Petrogradi_Kontroll-Opteerimise_Komisjon, lk 55
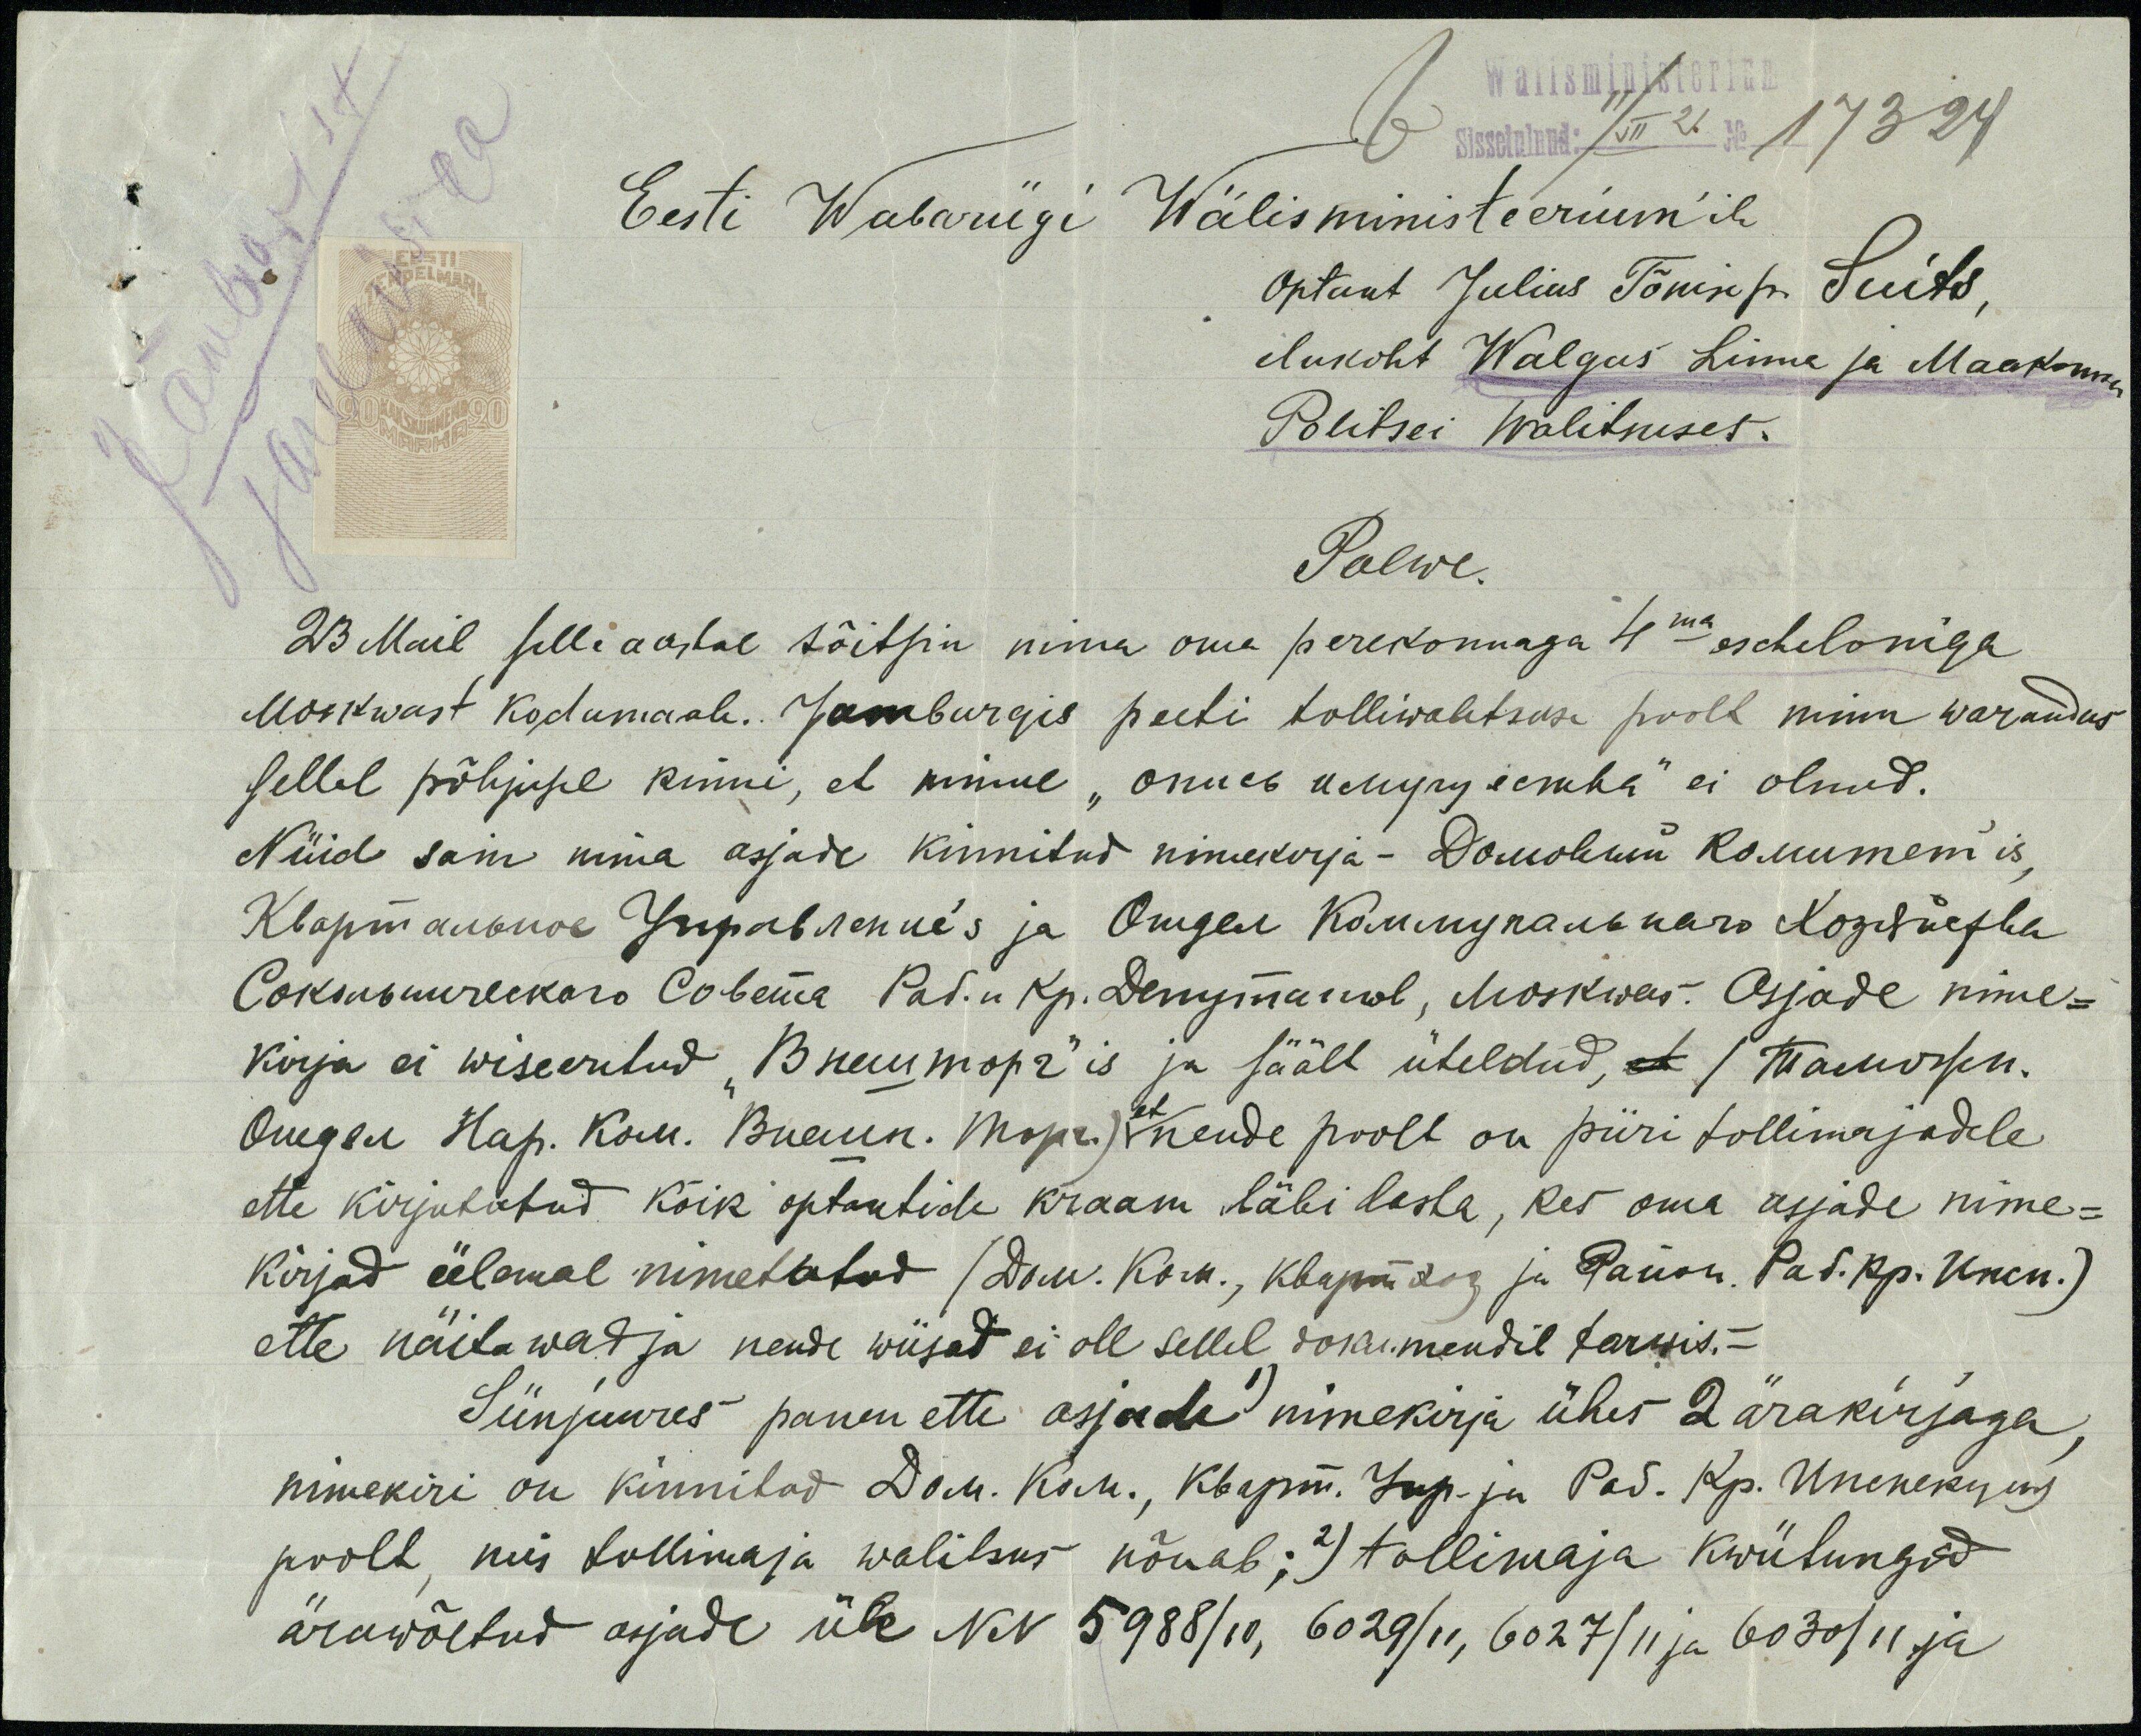
Wälisministerium
b Sissetulnud: 11/VII 21 No 17324
Jamburist
järelküsida
Eesti Wabariigi Wälisministeerium'ile
Optant Julius Tõnise p. Suits,
elukoht Walgas Linna ja Maakonna
Politsei Walitsuses.
Palwe.
23 Mail selle aastal sõitsin mina oma perekonnaga 4ma escheloniga
Moskvast kodumaale. Jamburgis peeti tolliwalitsuse poolt minu warandus
sellel põhjusel kinni, et minul "Onneb "пугу eemha" ei olnud.
Nüid sain mina asjade kinnitud nimekirja - Dowoliku komunemis,
Klopinausuva Iripobsonu's ja Ongen Kommyrannars Kopssefta
Oskusuurekaro Copema Pal. u. Ap. Dennymanol, Moskwas. Asjade nime-
kirja ei wiseeritud "Внемторъ"is ja säält üteldud, et (Wanven-
Ouegaa. Hap. kom. Busun. Mope) et nende poolt on piiri tollimajadele
ette kirjutatud kõik optantide kraam läbi lasta, kes oma asjade nime-
kirjad ülemal nimetatud (Dru. Kõik., kogemäng ja Rauon. Pa s. kp. Unen.)
ette näitawad ja nende wiisad ei ole sellel dokumendil tarwis.-
Siinjuures panen ette asjade 1) nimekirja ühes 2 ärakirjaga,
nimekiri on kinnitud  Dom. Kun., kbepm. Jap- ja Pad. Ap. Unenekogus
poolt, mis tollimaja walitsus nõuab; 2) tollimaja kwiitungid
ärawõetud asjade üle NN 5988/10, 6029/11, 6027/11 ja 6030/ 11 ja